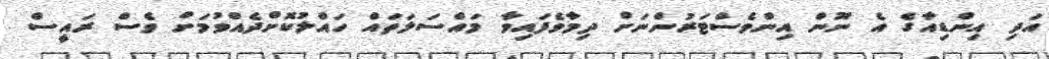
އަދި އިންޑިއާގެ އެ ނޫން އިންވެސްޓަރުންނަށް ދިމާވެފައިވާ މައްސަލަތައް ހައްލުކޮށްދެއްވުމަށް ވެސް ރައީސް